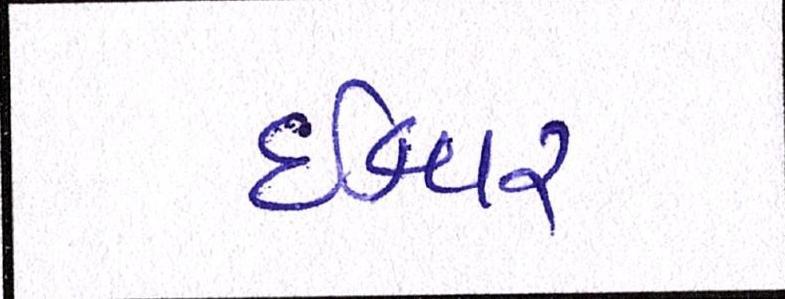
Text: ઈશ્વર